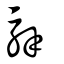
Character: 騂